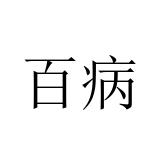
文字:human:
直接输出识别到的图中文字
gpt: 百病